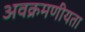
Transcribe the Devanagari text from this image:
अवक्रमणीयता